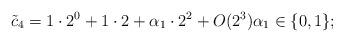
LaTeX: \begin{align*} \tilde{c}_4 = 1 \cdot 2^0 + 1 \cdot 2 + \alpha_1 \cdot 2^2 + O(2^3) \alpha_1 \in \{0,1\};\end{align*}